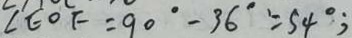
\angle E O F = 9 0 ^ { \circ } - 3 6 ^ { \circ } = 5 4 ^ { \circ } ;